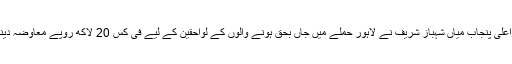
دوسری جانب وزیراعلیٰ پنجاب میاں شہباز شریف نے لاہور حملے میں جاں بحق ہونے والوں کے لواحقین کے لیے فی کس 20 لاکھ روپے معاوضہ دینے کا اعلان کیا ہے۔